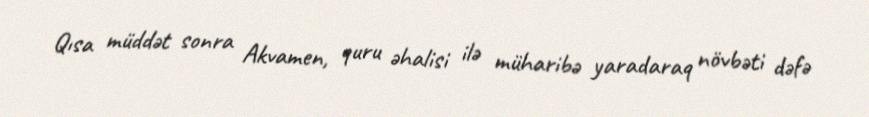
Qısa müddət sonra Akvamen, quru əhalisi ilə müharibə yaradaraq növbəti dəfə